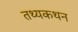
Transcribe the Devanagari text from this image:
तथ्यकथन